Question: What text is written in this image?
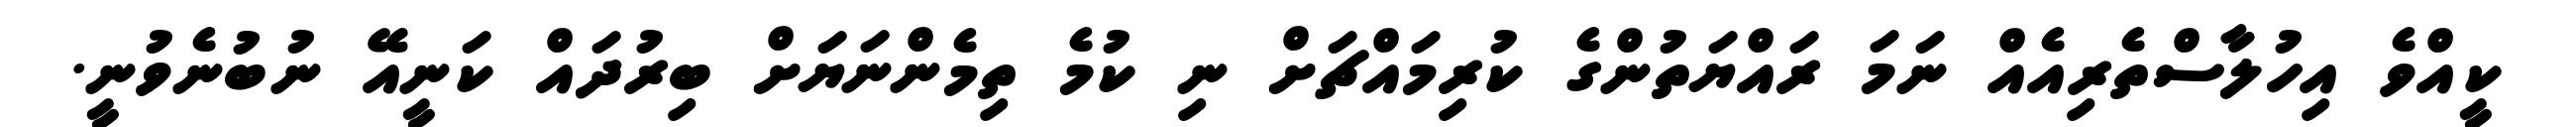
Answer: ކީއްވެ އިހުލާސްތެރިއެއް ނަމަ ރައްޔަތުންގެ ކުރިމައްޗަށް ނި ކުމެ ތިމެންނަޔަށް ބިރުދައް ކަނީއޭ ނުބުނެވުނީ.